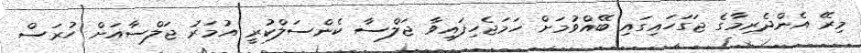
މިރޭ އެންދެރިމާގެ ޖަގަހައިގައި ބޭއްވުމަށް ހަމަޖެހިފައިވާ ޖަލްސާ ކެންސަލްކުރީ އުމަރު ޖަލްސާއަށް ހުރަސް